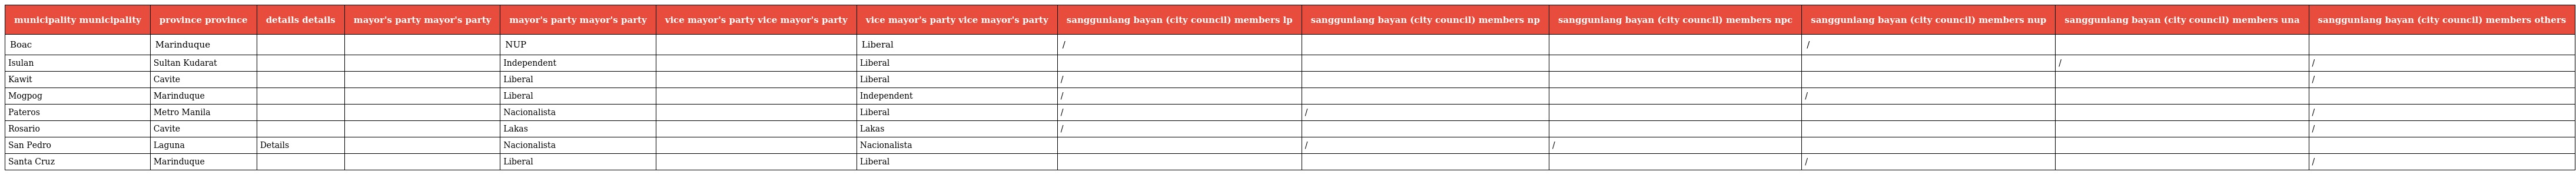
| municipality municipality | province province | details details | mayor's party mayor's party | mayor's party mayor's party | vice mayor's party vice mayor's party | vice mayor's party vice mayor's party | sangguniang bayan (city council) members lp | sangguniang bayan (city council) members np | sangguniang bayan (city council) members npc | sangguniang bayan (city council) members nup | sangguniang bayan (city council) members una | sangguniang bayan (city council) members others |
 | --- | --- | --- | --- | --- | --- | --- | --- | --- | --- | --- | --- | --- |
 | Boac | Marinduque |  |  | NUP |  | Liberal | / |  |  | / |  |  |
 | Isulan | Sultan Kudarat |  |  | Independent |  | Liberal |  |  |  |  | / | / |
 | Kawit | Cavite |  |  | Liberal |  | Liberal | / |  |  |  |  | / |
 | Mogpog | Marinduque |  |  | Liberal |  | Independent | / |  |  | / |  |  |
 | Pateros | Metro Manila |  |  | Nacionalista |  | Liberal | / | / |  |  |  | / |
 | Rosario | Cavite |  |  | Lakas |  | Lakas | / |  |  |  |  | / |
 | San Pedro | Laguna | Details |  | Nacionalista |  | Nacionalista |  | / | / |  |  |  |
 | Santa Cruz | Marinduque |  |  | Liberal |  | Liberal |  |  |  | / |  | / |